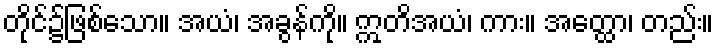
တိုင်၌ဖြစ်သော။ အယံ၊ အခွန်ကို။ ဣတိအယံ၊ ကား။ အတ္ထော၊ တည်း။